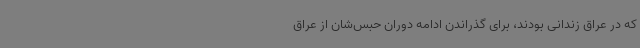
که در عراق زندانی بودند، برای گذراندن ادامه دوران حبس‌شان از عراق